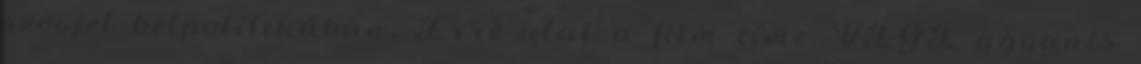
szovjet belpolitikában. Erre utal a film címe: VÉGE ugyanis